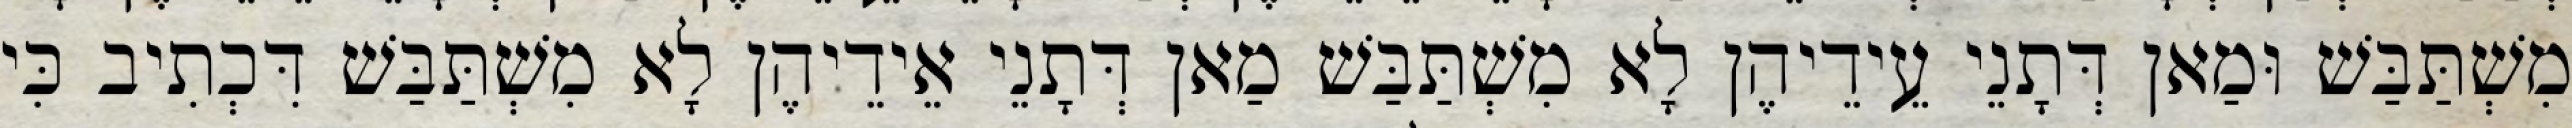
מִשְׁתַּבַּשׁ וּמַאן דְּתָנֵי עֵידֵיהֶן לָא מִשְׁתַּבַּשׁ מַאן דְּתָנֵי אֵידֵיהֶן לָא מִשְׁתַּבַּשׁ דִּכְתִיב כִּי